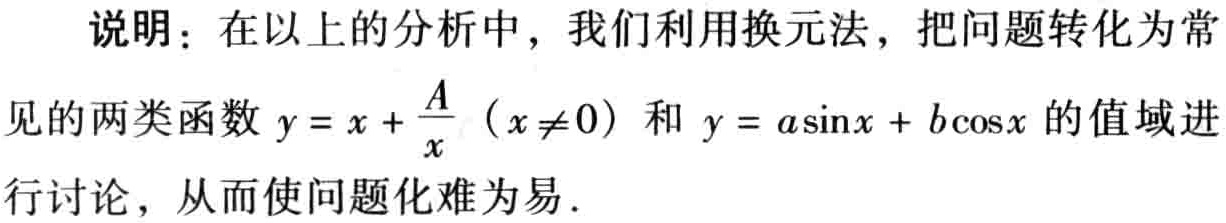
说明：在以上的分析中，我们利用换元法，把问题转化为常见的两类函数 \(y = x+\frac{A}{x}\ (x\neq0)\) 和 \(y = a\sin x + b\cos x\) 的值域进行讨论，从而使问题化难为易.